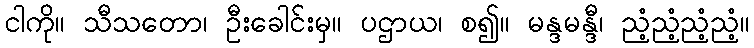
ငါကို။ သီသတော၊ ဦးခေါင်းမှ။ ပဌာယ၊ စ၍။ မန္ဒမန္ဒီ၊ ညံ့ညံ့ညံ့ညံ့။